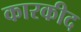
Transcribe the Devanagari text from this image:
कारकीद